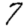
Digit: 7